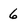
Character: 6